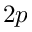
2 p